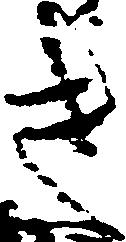
き